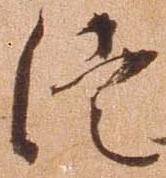
徒